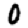
Digit: 0